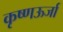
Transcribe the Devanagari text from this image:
कृष्णऊर्जा